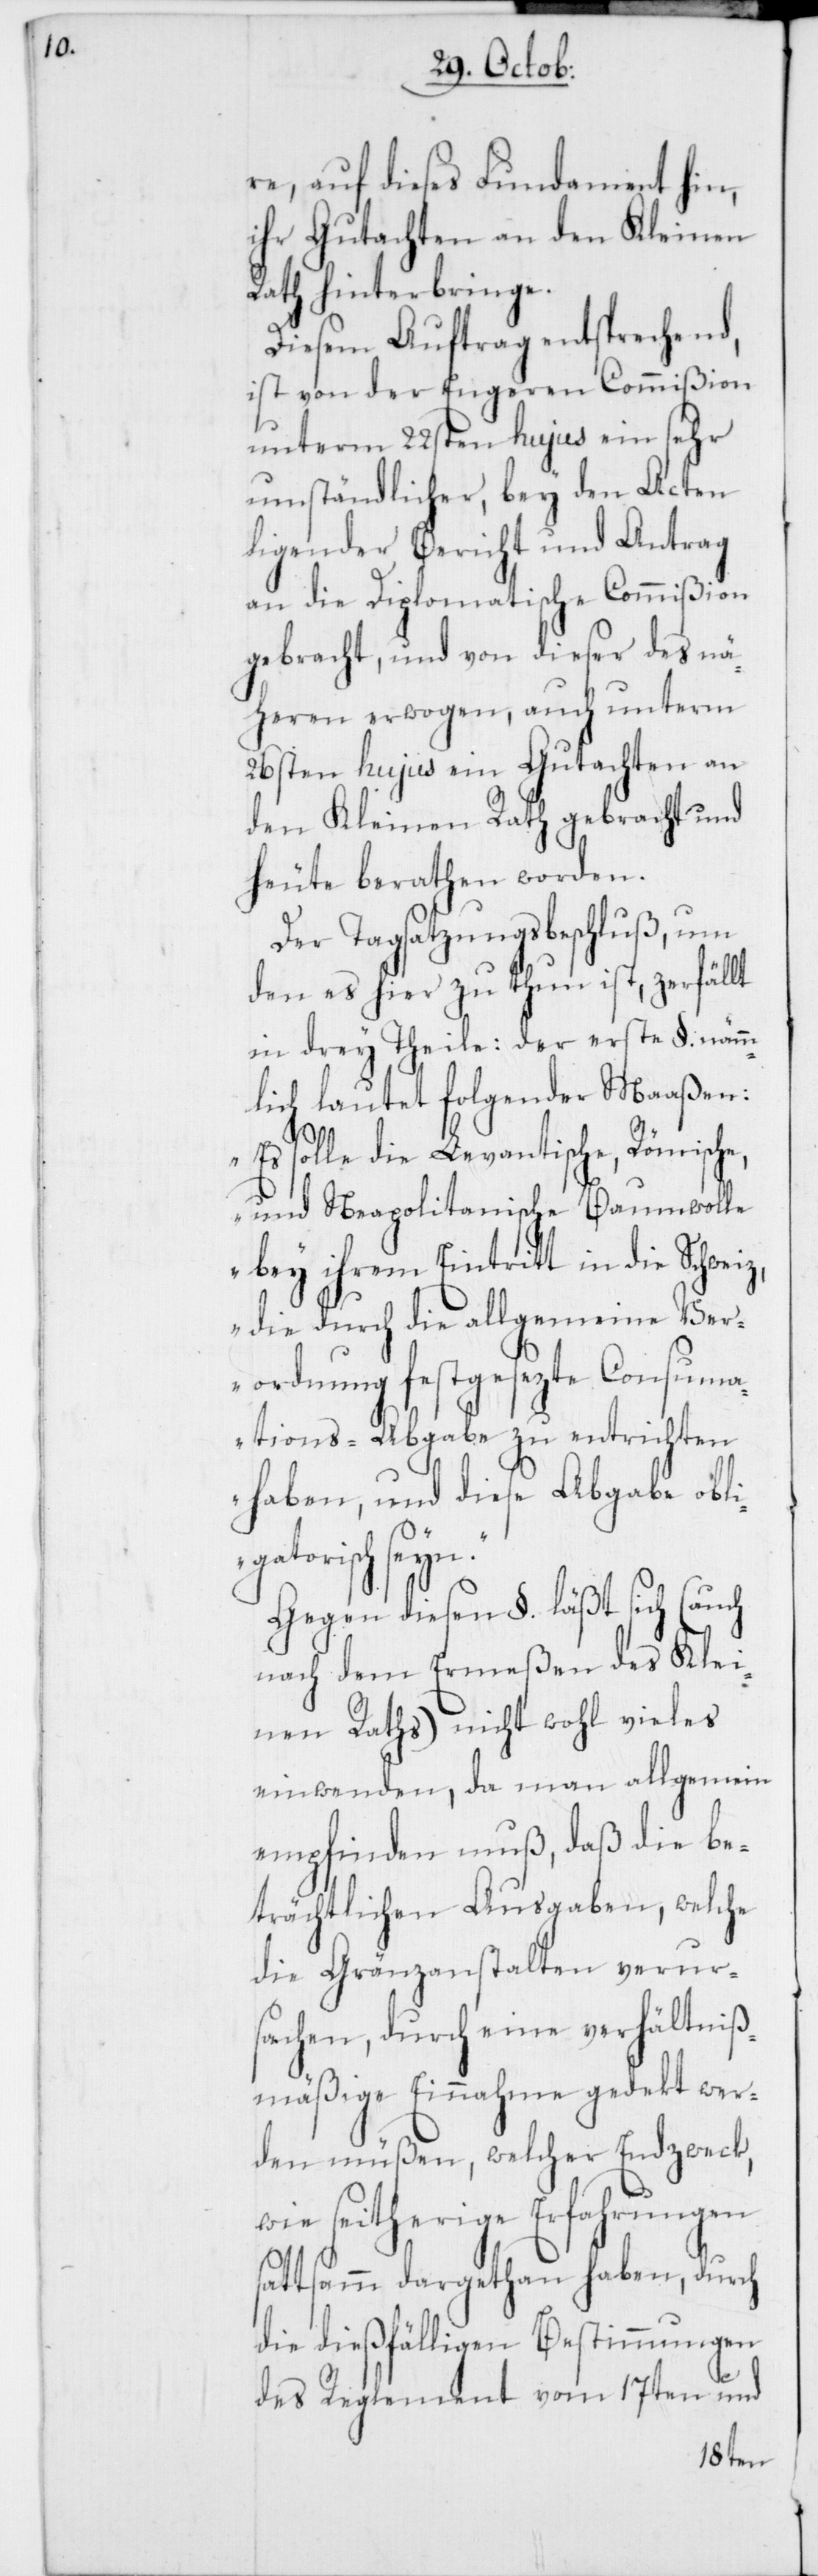
re auf dieses Fundament hin,
ihr Gutachten an den Kleinen
Rath hinterbringen.
Diesem Auftrag entsprechend,
ist von der Engeren Commißion
unterm 22sten hujus ein sehr
umständlicher, bey den Acten
ligender Bericht und Antrag
an die Diplomatische Commißion
gebracht, und von dieser des nä¬
heren erwogen, auch unterm
26sten hujus ein Gutachten an
den Kleinen Rath gebracht und
heute berathen worden.
Der Tagsatzungsbeschluß, um
den es hier zu thun ist, zerfällt
in drey Theile: Der erste §. nämm¬
lich lautet folgender Maaßen
„Es solle die Levantische, Römische
und Neapolitanische Baumwolle
bey ihrem Eintritt in die
die durch die allgemeine Ver¬
ordnung festgesezte Consuma¬
tions-Abgabe zu entrichten
haben, und diese Abgabe obli¬
gatorisch seyn.“
Gegen diesen §. läßt sich (auch
nach dem Ermeßen des Klei¬
nen Raths) nicht wohl vieles
einwenden, da man allgemein
empfinden muß, daß die be¬
trächtlichen Ausgaben, welche
die Gränzanstalten verur¬
sachen, durch eine verhältniß¬
mäßige Einnahme gedeckt wer¬
den müßen, welcher Endzweck,
wie seitherige Erfahrungen
sattsamm dargethan haben, durch
die dießfälligen Bestimmungen
des Reglement vom 17ten und